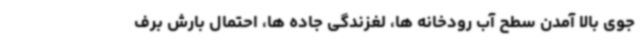
جوی بالا آمدن سطح آب رودخانه ها، لغزندگی جاده ها، احتمال بارش برف